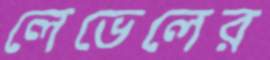
লেভেলের